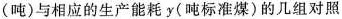
(吨)与相应的生产能耗y(吨标准煤)的几组对照